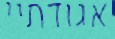
אגודתיי